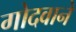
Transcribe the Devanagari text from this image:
गोदवाने